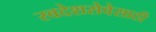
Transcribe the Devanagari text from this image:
स्वदेशसेवेसाठी